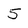
Character: 5